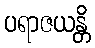
ပရာဇယန္တိ